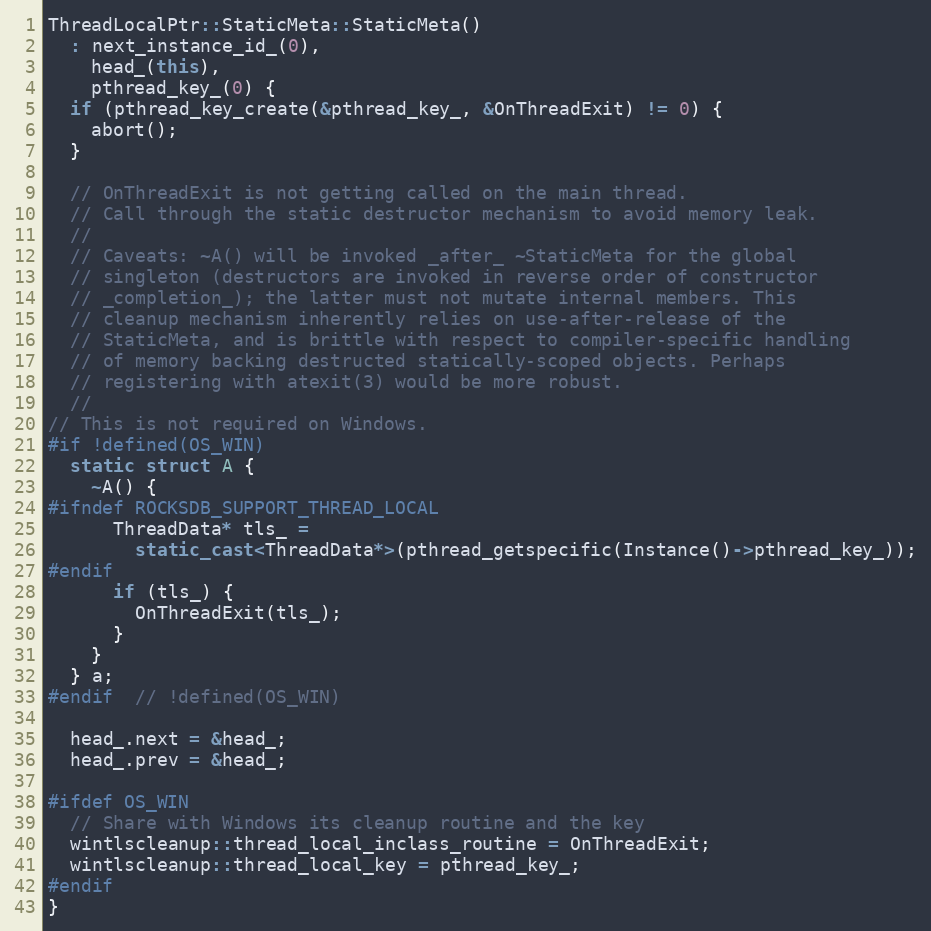
Language: C++
ThreadLocalPtr::StaticMeta::StaticMeta()
  : next_instance_id_(0),
    head_(this),
    pthread_key_(0) {
  if (pthread_key_create(&pthread_key_, &OnThreadExit) != 0) {
    abort();
  }

  // OnThreadExit is not getting called on the main thread.
  // Call through the static destructor mechanism to avoid memory leak.
  //
  // Caveats: ~A() will be invoked _after_ ~StaticMeta for the global
  // singleton (destructors are invoked in reverse order of constructor
  // _completion_); the latter must not mutate internal members. This
  // cleanup mechanism inherently relies on use-after-release of the
  // StaticMeta, and is brittle with respect to compiler-specific handling
  // of memory backing destructed statically-scoped objects. Perhaps
  // registering with atexit(3) would be more robust.
  //
// This is not required on Windows.
#if !defined(OS_WIN)
  static struct A {
    ~A() {
#ifndef ROCKSDB_SUPPORT_THREAD_LOCAL
      ThreadData* tls_ =
        static_cast<ThreadData*>(pthread_getspecific(Instance()->pthread_key_));
#endif
      if (tls_) {
        OnThreadExit(tls_);
      }
    }
  } a;
#endif  // !defined(OS_WIN)

  head_.next = &head_;
  head_.prev = &head_;

#ifdef OS_WIN
  // Share with Windows its cleanup routine and the key
  wintlscleanup::thread_local_inclass_routine = OnThreadExit;
  wintlscleanup::thread_local_key = pthread_key_;
#endif
}